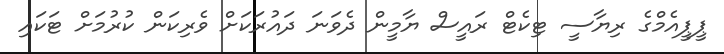
ޕީޕީއެމްގެ ރިޔާސީ ޓިކެޓް ރައީސް ޔާމީން ދެވަނަ ދައުރަކަށް ވެރިކަން ކުރުމަށް ޓަކައި